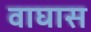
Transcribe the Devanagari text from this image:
वाघास